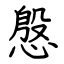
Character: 慇